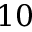
1 0